[Report on the health of British troops in the Madras command]
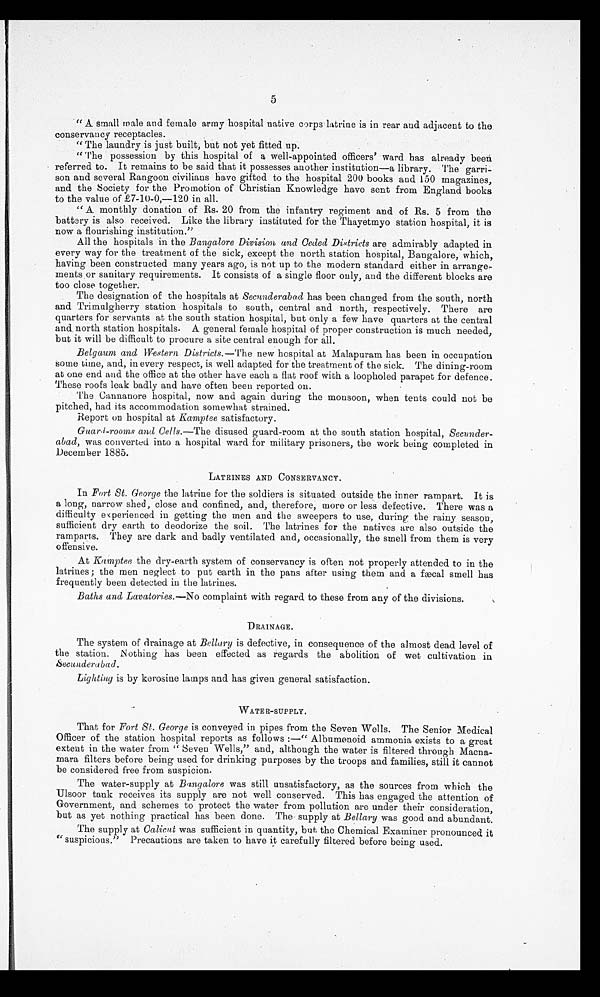
5
"A small male and female army hospital native corps latrine is in rear and adjacent to the
conservancy receptacles.
"The laundry is just built, but not yet fitted up.
"The possession by this hospital of a well-appointed officers' ward has already been
referred to. It remains to be said that it possesses another institution—a library. The garri--
son and several Rangoon civilians have gifted to the hospital 200 books and 150 magazines,
and the Society for the Promotion of Christian Knowledge have sent from England books
to the value of £7-10-0,—120 in all.
"A monthly donation of Rs. 20 from the infantry regiment and of Rs. 5 from the
battery is also received. Like the library instituted for the Thayetmyo station hospital, it is
now a flourishing institution."
All the hospitals in the Bangalore Division and Ceded Districts are admirably adapted in
every way for the treatment of the sick, except the north station hospital, Bangalore, which,
having been constructed many years ago, is not up to the modern standard either in arrange--
ments or sanitary requirements. It consists of a single floor only, and the different blocks are
too close together.
The designation of the hospitals at Secunderabad has been changed from the south, north
and Trimulgherry station hospitals to south, central and north, respectively. There are
quarters for servants at the south station hospital, but only a few have quarters at the central
and north station hospitals. A general female hospital of proper construction is much needed,
but it will be difficult to procure a site central enough for all.
Belgaum and Western Districts.—The new hospital at Malapuram has been in occupation
some time, and, in every respect, is well adapted for the treatment of the sick. The dining-room
at one end and the office at the other have each a flat roof with a loopholed parapet for defence.
These roofs leak badly and have often been reported on.
The Cannanore hospital, now and again during the monsoon, when tents could not be
pitched, had its accommodation somewhat strained.
Report on hospital at Kamptee satisfactory.
Guard-rooms and Cells.—The disused guard-room at the south station hospital, Secunder--
abad, was converted into a hospital ward for military prisoners, the work being completed in
December 1885.
LATRINES AND CONSERVANCY.
In Fort St. George the latrine for the soldiers is situated outside the inner rampart. It is
a long, narrow shed, close and confined, and, therefore, more or less defective. There was a
difficulty experienced in getting the men and the sweepers to use, during the rainy season,
sufficient dry earth to deodorize the soil. The latrines for the natives are also outside the
ramparts. They are dark and badly ventilated and, occasionally, the smell from them is very
offensive.
At Kamptee the dry-earth system of conservancy is often not properly attended to in the
latrines ; the men neglect to put earth in the pans after using them and a fæcal smell has
frequently been detected in the latrines.
Baths and Lavatories.— No complaint with regard to these from any of the divisions.
DRAINAGE.
The system of drainage at Bellary is defective, in consequence of the almost dead level of
the station. Nothing has been effected as regards the abolition of wet cultivation in
S e c u n d e r a b a d .
Lighting is by kerosine lamps and has given general satisfaction.
WATER-SUPPLY.
That for Fort St. George is conveyed in pipes from the Seven Wells. The Senior Medical
Officer of the station hospital reports as follows :—"Albumenoid ammonia exists to a great
extent in the water from "Seven Wells," and, although the water is filtered through Macna--
mara filters before being used for drinking purposes by the troops and families, still it cannot
be considered free from suspicion.
The water-supply at Bangalore was still unsatisfactory, as the sources from which the
Ulsoor tank receives its supply are not well conserved. This has engaged the attention of
Government, and schemes to protect the water from pollution are under their consideration,
but as yet nothing practical has been done. The supply at Bellary was good and abundant.
The supply at Calicut was sufficient in quantity, but the Chemical Examiner pronounced it
"suspicious." Precautions are taken to have it carefully filtered before being used.